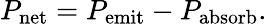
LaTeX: P_{\mathrm{net}}=P_{\mathrm{emit}}-P_{\mathrm{absorb}}.